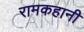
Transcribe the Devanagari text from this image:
रामकहानी